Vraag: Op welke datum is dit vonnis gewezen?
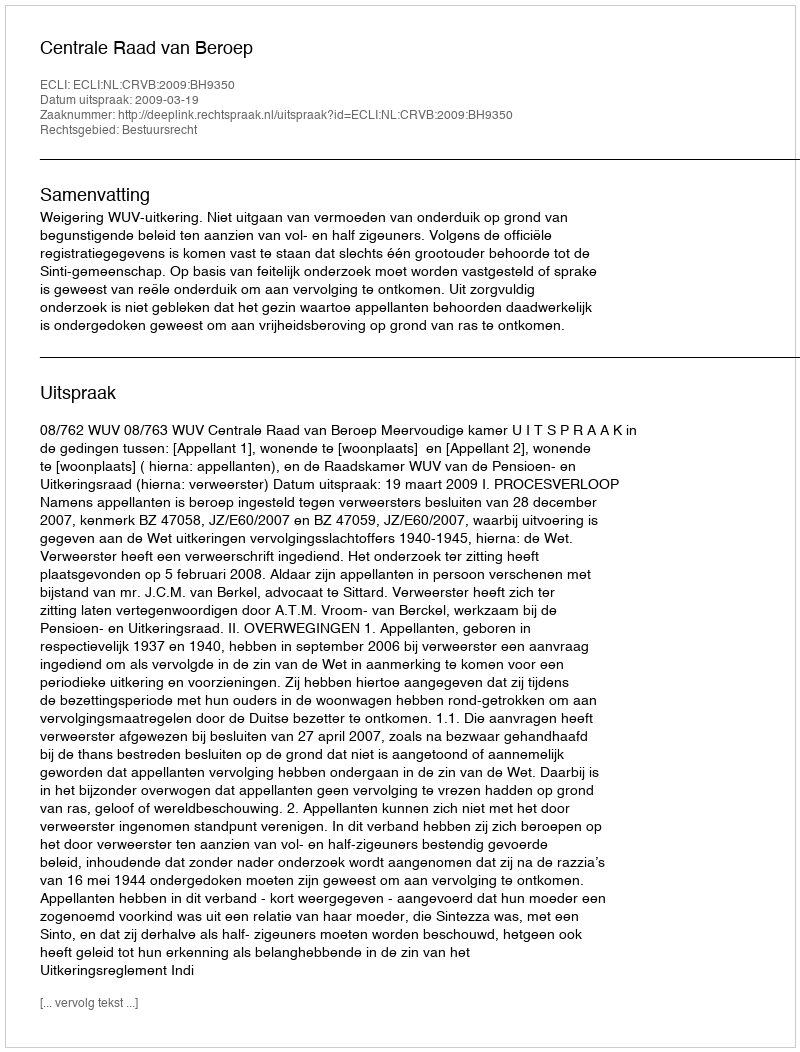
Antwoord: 2009-03-19